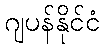
ဂျပန်နိုင်ငံ